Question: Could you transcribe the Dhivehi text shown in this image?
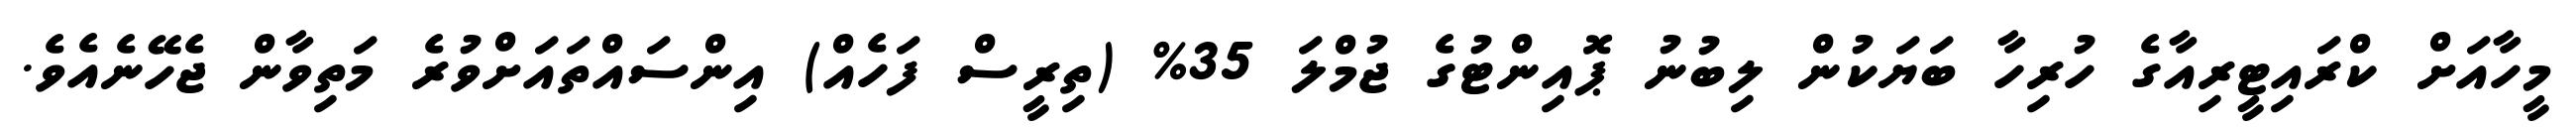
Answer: މީހާއަށް ކްރައިޓީރިއާގެ ހުރިހާ ބަޔަކުން ލިބުނު ޕޮއިންޓުގެ ޖުމްލަ 35% (ތިރީސް ފަހެއް) އިންސައްތައަށްވުރެ މަތިވާން ޖެހޭނެއެވެ.